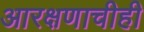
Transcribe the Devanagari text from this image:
आरक्षणाचीही